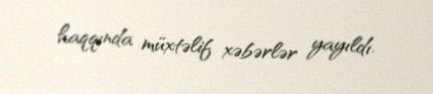
haqqında müxtəlif xəbərlər yayıldı.